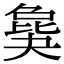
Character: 𣬎